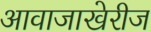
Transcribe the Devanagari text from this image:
आवाजाखेरीज